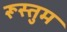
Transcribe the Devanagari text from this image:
रूस्तुम